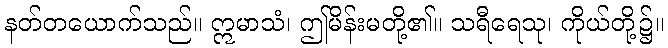
နတ်တယောက်သည်။ ဣမာသံ၊ ဤမိန်းမတို့၏။ သရီရေသု၊ ကိုယ်တို့၌။